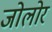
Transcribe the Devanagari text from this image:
जोलोर